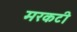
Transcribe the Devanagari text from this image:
मरकटी